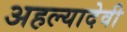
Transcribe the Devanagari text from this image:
अहल्यादेवी